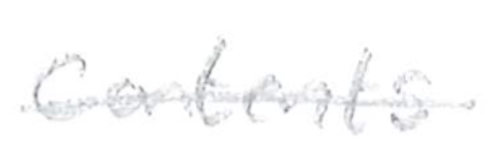
Text: contents
Cross-out: single-line
Writing tool: pencil